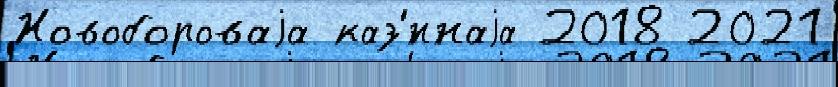
Новобороваjа каз'́ннаjа 2018 2021